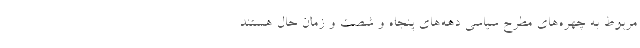
مربوط به چهره‌های مطرح سیاسی دهه‌های پنجاه و شصت و زمان حال هستند